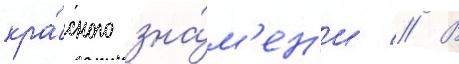
кра́сного зна́м'ен'и // В